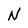
Character: N